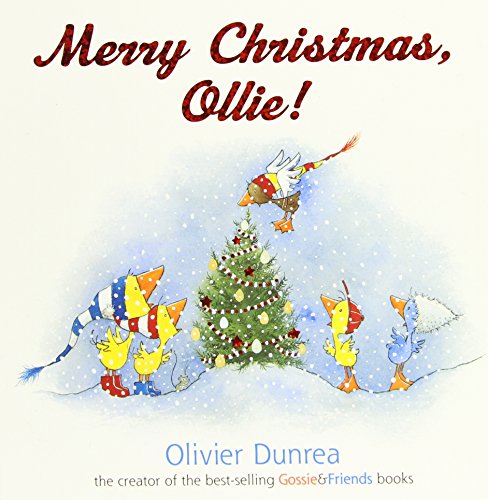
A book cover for Merry Christmas, Ollie board book (Gossie & Friends); Olivier Dunrea; Children's Books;